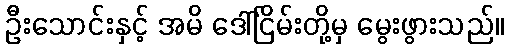
ဦးသောင်းနှင့် အမိ ဒေါ်ငြိမ်းတို့မှ မွေးဖွားသည်။